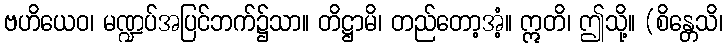
ဗဟိယေဝ၊ မဏ္ဍပ်အပြင်ဘက်၌သာ။ တိဋ္ဌာမိ၊ တည်တော့အံ့။ ဣတိ၊ ဤသို့။ (စိန္တေသိ၊